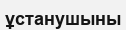
ұстанушыны